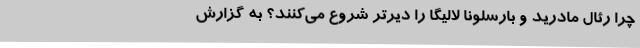
چرا رئال مادرید و بارسلونا لالیگا را دیرتر شروع می‌کنند؟ به گزارش